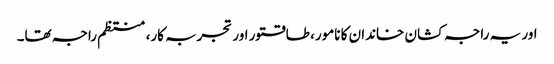
اور یہ راجہ کشان خاندان کا نامور، طاقتور اور تجربہ کار، منتظم راجہ تھا۔